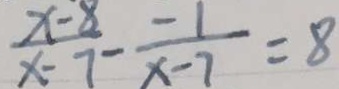
\frac { x - 8 } { x - 7 } - \frac { - 1 } { x - 7 } = 8